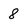
Character: 8